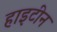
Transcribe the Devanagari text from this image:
हाइटीन